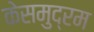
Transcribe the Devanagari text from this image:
केसमुद्रम